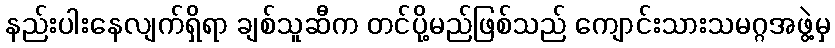
နည်းပါးနေလျက်ရှိရာ ချစ်သူဆီက တင်ပို့မည်ဖြစ်သည် ကျောင်းသားသမဂ္ဂအဖွဲ့မှ